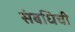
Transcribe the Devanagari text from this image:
संबधिची